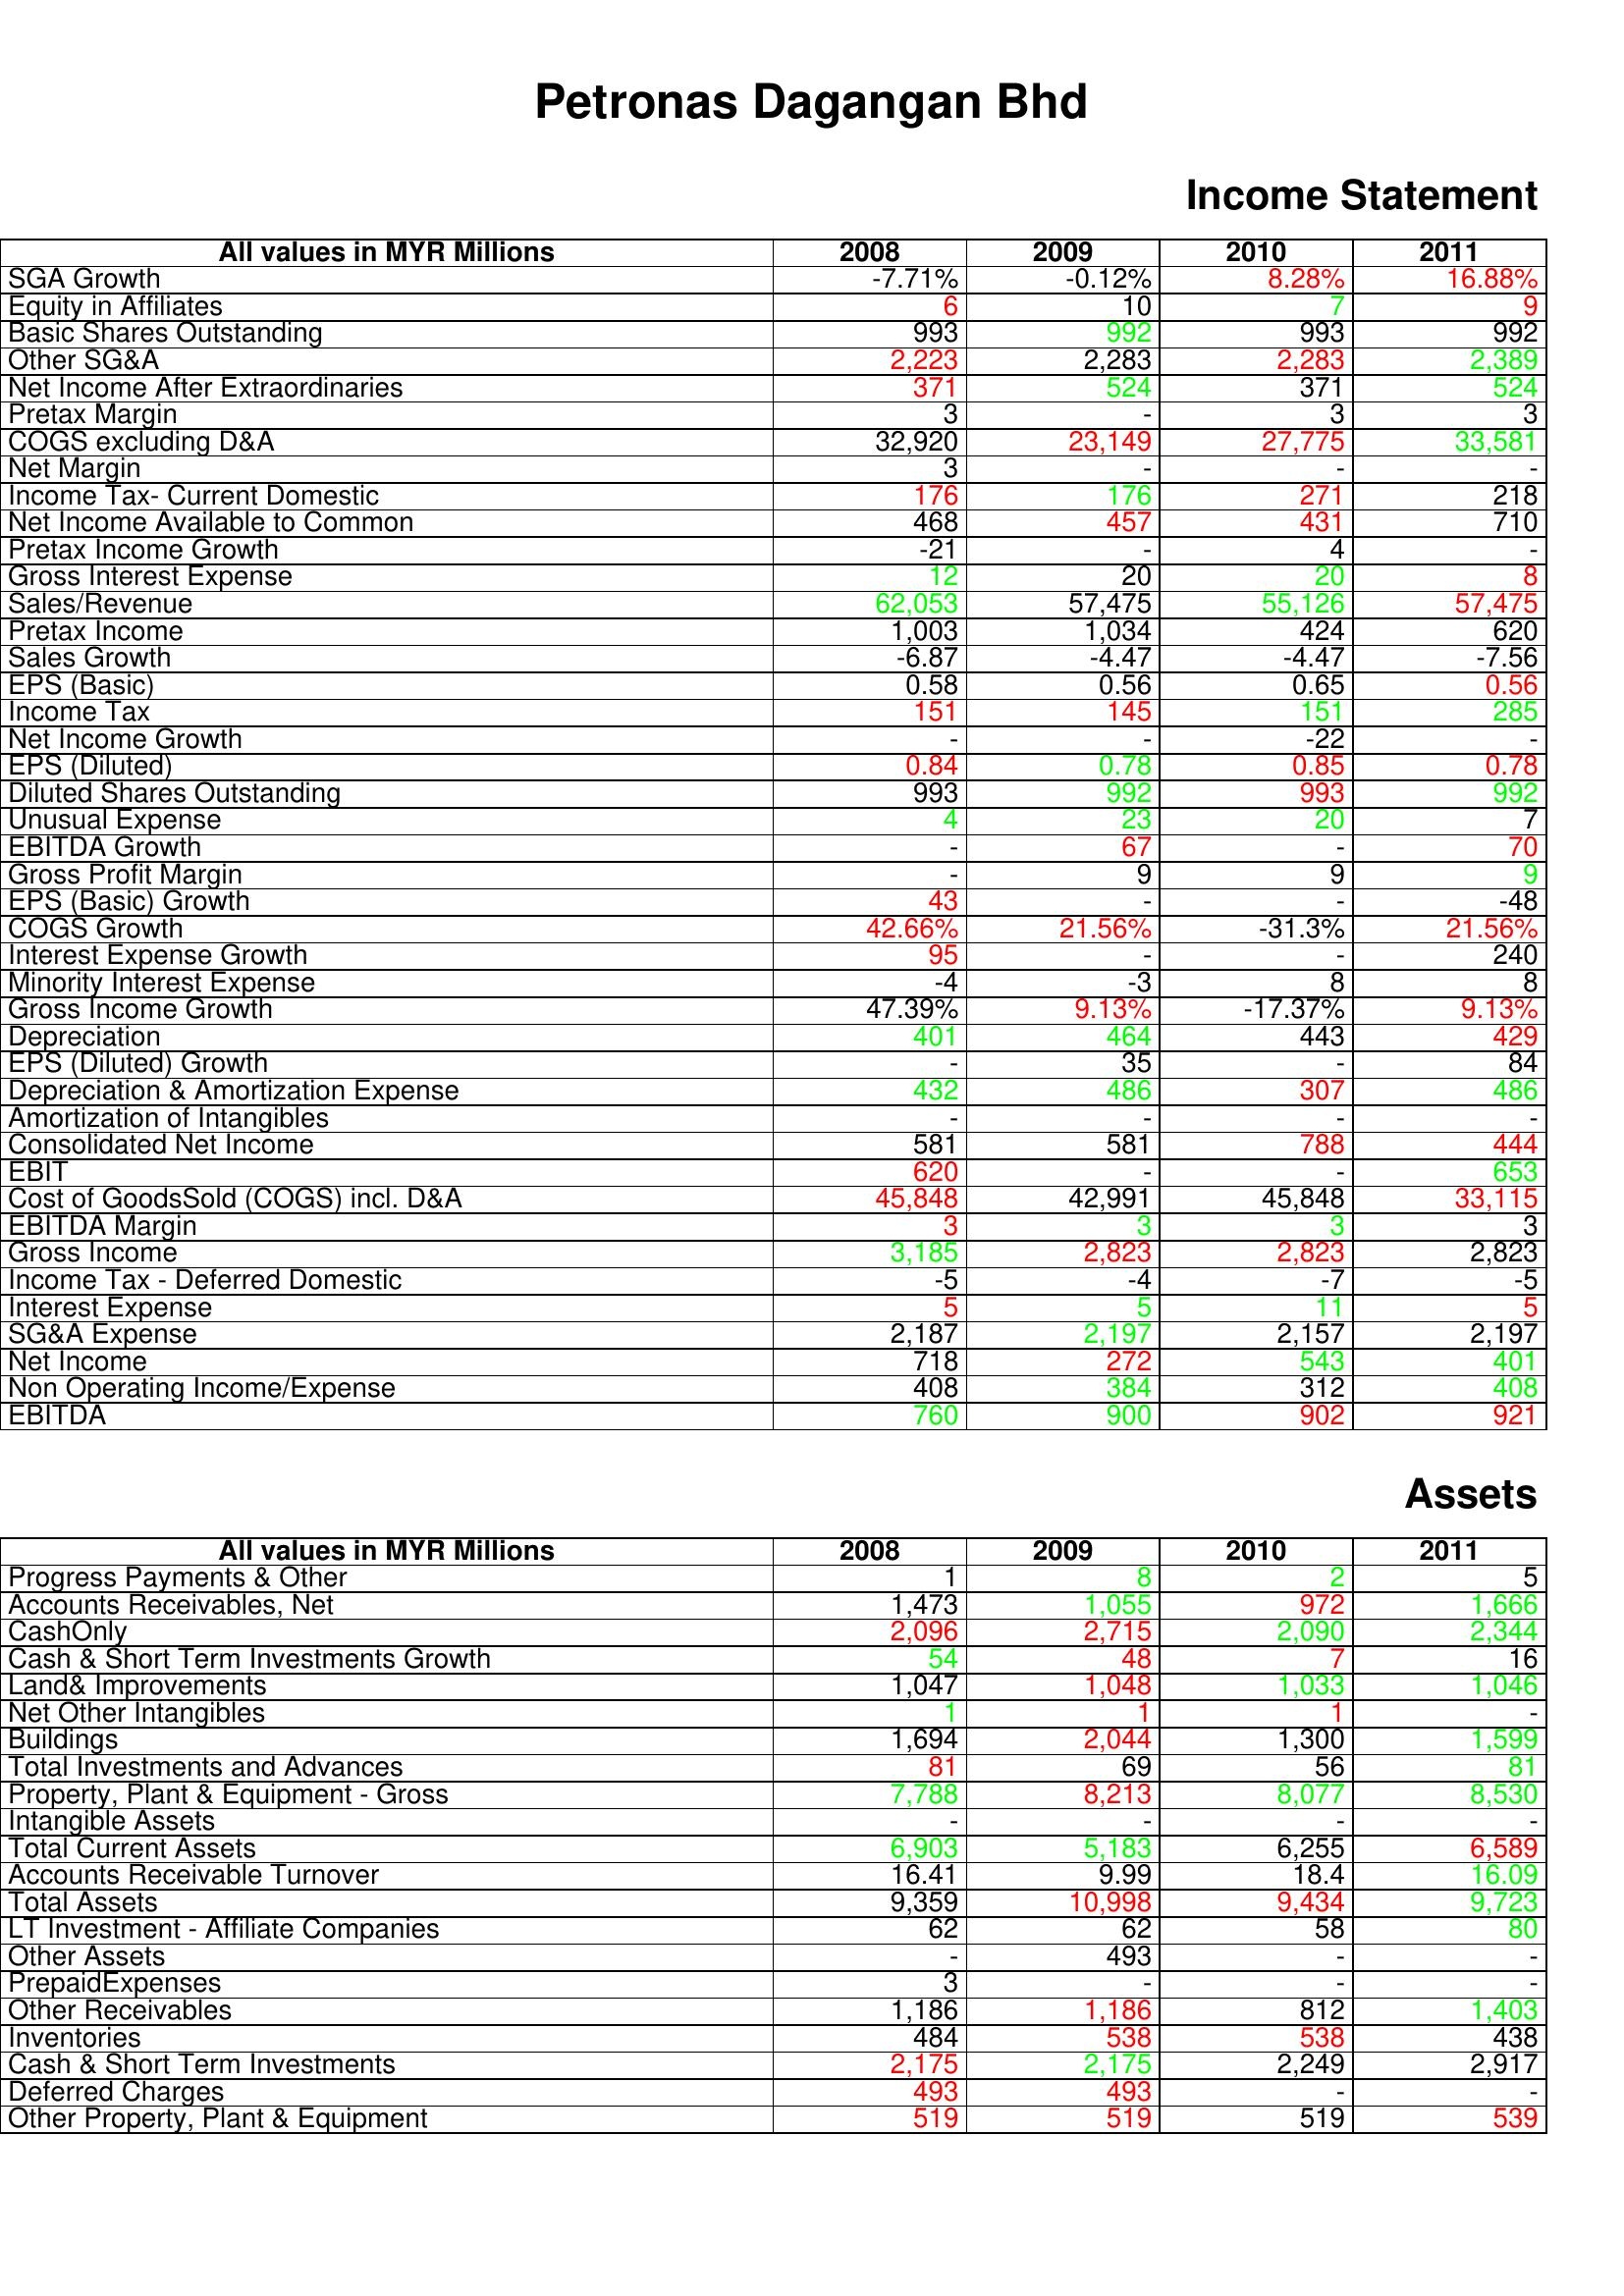
gt_parse: 2008: Income Statement: SGA Growth: -7.71%
Equity in Affiliates: 6
Basic Shares Outstanding: 993
Other SG&A: 2,223
Net Income After Extraordinaries: 371
Pretax Margin: 3
COGS excluding D&A: 32,920
Net Margin: 3
Income Tax- Current Domestic: 176
Net Income Available to Common: 468
Pretax Income Growth: -21
Gross Interest Expense: 12
Sales/Revenue: 62,053
Pretax Income: 1,003
Sales Growth: -6.87
EPS (Basic): 0.58
Income Tax: 151
Net Income Growth: -
EPS (Diluted): 0.84
Diluted Shares Outstanding: 993
Unusual Expense: 4
EBITDA Growth: -
Gross Profit Margin: -
EPS (Basic) Growth: 43
COGS Growth: 42.66%
Interest Expense Growth: 95
Minority Interest Expense: -4
Gross Income Growth: 47.39%
Depreciation: 401
EPS (Diluted) Growth: -
Depreciation & Amortization Expense: 432
Amortization of Intangibles: -
Consolidated Net Income: 581
EBIT: 620
Cost of GoodsSold (COGS) incl. D&A: 45,848
EBITDA Margin: 3
Gross Income: 3,185
Income Tax - Deferred Domestic: -5
Interest Expense: 5
SG&A Expense: 2,187
Net Income: 718
Non Operating Income/Expense: 408
EBITDA: 760
Assets: Progress Payments & Other: 1
Accounts Receivables, Net: 1,473
CashOnly: 2,096
Cash & Short Term Investments Growth: 54
Land& Improvements: 1,047
Net Other Intangibles: 1
Buildings: 1,694
Total Investments and Advances: 81
Property, Plant & Equipment - Gross : 7,788
Intangible Assets: -
Total Current Assets: 6,903
Accounts Receivable Turnover: 16.41
Total Assets: 9,359
LT Investment - Affiliate Companies: 62
Other Assets: -
PrepaidExpenses: 3
Other Receivables: 1,186
Inventories: 484
Cash & Short Term Investments: 2,175
Deferred Charges: 493
Other Property, Plant & Equipment: 519
2009: Income Statement: SGA Growth: -0.12%
Equity in Affiliates: 10
Basic Shares Outstanding: 992
Other SG&A: 2,283
Net Income After Extraordinaries: 524
Pretax Margin: -
COGS excluding D&A: 23,149
Net Margin: -
Income Tax- Current Domestic: 176
Net Income Available to Common: 457
Pretax Income Growth: -
Gross Interest Expense: 20
Sales/Revenue: 57,475
Pretax Income: 1,034
Sales Growth: -4.47
EPS (Basic): 0.56
Income Tax: 145
Net Income Growth: -
EPS (Diluted): 0.78
Diluted Shares Outstanding: 992
Unusual Expense: 23
EBITDA Growth: 67
Gross Profit Margin: 9
EPS (Basic) Growth: -
COGS Growth: 21.56%
Interest Expense Growth: -
Minority Interest Expense: -3
Gross Income Growth: 9.13%
Depreciation: 464
EPS (Diluted) Growth: 35
Depreciation & Amortization Expense: 486
Amortization of Intangibles: -
Consolidated Net Income: 581
EBIT: -
Cost of GoodsSold (COGS) incl. D&A: 42,991
EBITDA Margin: 3
Gross Income: 2,823
Income Tax - Deferred Domestic: -4
Interest Expense: 5
SG&A Expense: 2,197
Net Income: 272
Non Operating Income/Expense: 384
EBITDA: 900
Assets: Progress Payments & Other: 8
Accounts Receivables, Net: 1,055
CashOnly: 2,715
Cash & Short Term Investments Growth: 48
Land& Improvements: 1,048
Net Other Intangibles: 1
Buildings: 2,044
Total Investments and Advances: 69
Property, Plant & Equipment - Gross : 8,213
Intangible Assets: -
Total Current Assets: 5,183
Accounts Receivable Turnover: 9.99
Total Assets: 10,998
LT Investment - Affiliate Companies: 62
Other Assets: 493
PrepaidExpenses: -
Other Receivables: 1,186
Inventories: 538
Cash & Short Term Investments: 2,175
Deferred Charges: 493
Other Property, Plant & Equipment: 519
2010: Income Statement: SGA Growth: 8.28%
Equity in Affiliates: 7
Basic Shares Outstanding: 993
Other SG&A: 2,283
Net Income After Extraordinaries: 371
Pretax Margin: 3
COGS excluding D&A: 27,775
Net Margin: -
Income Tax- Current Domestic: 271
Net Income Available to Common: 431
Pretax Income Growth: 4
Gross Interest Expense: 20
Sales/Revenue: 55,126
Pretax Income: 424
Sales Growth: -4.47
EPS (Basic): 0.65
Income Tax: 151
Net Income Growth: -22
EPS (Diluted): 0.85
Diluted Shares Outstanding: 993
Unusual Expense: 20
EBITDA Growth: -
Gross Profit Margin: 9
EPS (Basic) Growth: -
COGS Growth: -31.3%
Interest Expense Growth: -
Minority Interest Expense: 8
Gross Income Growth: -17.37%
Depreciation: 443
EPS (Diluted) Growth: -
Depreciation & Amortization Expense: 307
Amortization of Intangibles: -
Consolidated Net Income: 788
EBIT: -
Cost of GoodsSold (COGS) incl. D&A: 45,848
EBITDA Margin: 3
Gross Income: 2,823
Income Tax - Deferred Domestic: -7
Interest Expense: 11
SG&A Expense: 2,157
Net Income: 543
Non Operating Income/Expense: 312
EBITDA: 902
Assets: Progress Payments & Other: 2
Accounts Receivables, Net: 972
CashOnly: 2,090
Cash & Short Term Investments Growth: 7
Land& Improvements: 1,033
Net Other Intangibles: 1
Buildings: 1,300
Total Investments and Advances: 56
Property, Plant & Equipment - Gross : 8,077
Intangible Assets: -
Total Current Assets: 6,255
Accounts Receivable Turnover: 18.4
Total Assets: 9,434
LT Investment - Affiliate Companies: 58
Other Assets: -
PrepaidExpenses: -
Other Receivables: 812
Inventories: 538
Cash & Short Term Investments: 2,249
Deferred Charges: -
Other Property, Plant & Equipment: 519
2011: Income Statement: SGA Growth: 16.88%
Equity in Affiliates: 9
Basic Shares Outstanding: 992
Other SG&A: 2,389
Net Income After Extraordinaries: 524
Pretax Margin: 3
COGS excluding D&A: 33,581
Net Margin: -
Income Tax- Current Domestic: 218
Net Income Available to Common: 710
Pretax Income Growth: -
Gross Interest Expense: 8
Sales/Revenue: 57,475
Pretax Income: 620
Sales Growth: -7.56
EPS (Basic): 0.56
Income Tax: 285
Net Income Growth: -
EPS (Diluted): 0.78
Diluted Shares Outstanding: 992
Unusual Expense: 7
EBITDA Growth: 70
Gross Profit Margin: 9
EPS (Basic) Growth: -48
COGS Growth: 21.56%
Interest Expense Growth: 240
Minority Interest Expense: 8
Gross Income Growth: 9.13%
Depreciation: 429
EPS (Diluted) Growth: 84
Depreciation & Amortization Expense: 486
Amortization of Intangibles: -
Consolidated Net Income: 444
EBIT: 653
Cost of GoodsSold (COGS) incl. D&A: 33,115
EBITDA Margin: 3
Gross Income: 2,823
Income Tax - Deferred Domestic: -5
Interest Expense: 5
SG&A Expense: 2,197
Net Income: 401
Non Operating Income/Expense: 408
EBITDA: 921
Assets: Progress Payments & Other: 5
Accounts Receivables, Net: 1,666
CashOnly: 2,344
Cash & Short Term Investments Growth: 16
Land& Improvements: 1,046
Net Other Intangibles: -
Buildings: 1,599
Total Investments and Advances: 81
Property, Plant & Equipment - Gross : 8,530
Intangible Assets: -
Total Current Assets: 6,589
Accounts Receivable Turnover: 16.09
Total Assets: 9,723
LT Investment - Affiliate Companies: 80
Other Assets: -
PrepaidExpenses: -
Other Receivables: 1,403
Inventories: 438
Cash & Short Term Investments: 2,917
Deferred Charges: -
Other Property, Plant & Equipment: 539